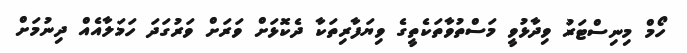
ހޯމް މިނިސްޓަރު ވިދާޅުވީ މަސްތުވާތަކެތީގެ ވިޔަފާރިތަކާ ދެކޮޅަށް ވަރަށް ވަރުގަދަ ހަމަލާއެއް ދިނުމަށް